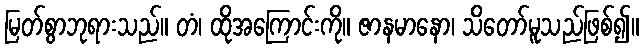
မြတ်စွာဘုရားသည်။ တံ၊ ထိုအကြောင်းကို။ ဇာနမာနော၊ သိတော်မူသည်ဖြစ်၍။